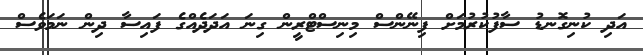
އަދި ކުނިގޮނޑު ސާފުކުރުމަށް ފިނޭންސް މިނިސްޓްރީން ގިނަ އަދަދެއްގެ ފައިސާ ދިން ނަމަވެސް